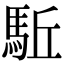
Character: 駈